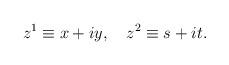
LaTeX: \begin{align*}z^{1}\equiv x+iy,~~~z^{2}\equiv s+it.\end{align*}